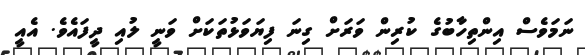
ނަމަވެސް އިންތިހާބުގެ ކުރިން ވަރަށް ގިނަ ފިޔަވަޅުތަކަށް ވަނީ ލުއި ދީފައެވެ. އެއީ